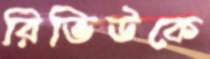
রিভিউকে